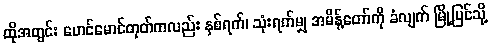
ထိုအတွင်း မောင်မောင်တုတ်ကလည်း နှစ်ရက်၊ သုံးရက်မျှ အမိန့်တော်ကို ခံလျက် မြို့ပြင်သို့